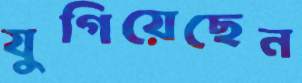
যুগিয়েছেন